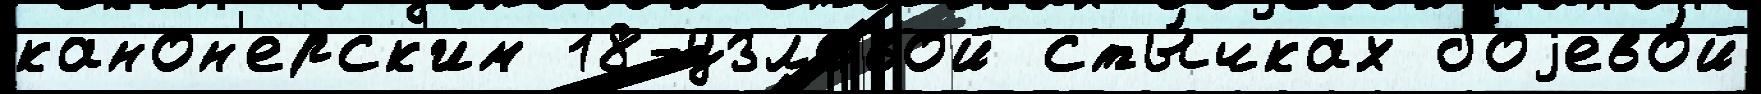
канон'ерск'им 18-узловой сты́чках боjево́й